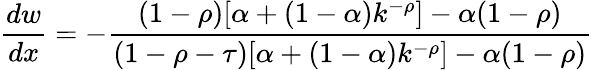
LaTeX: {\frac{dw}{dx}}=-{\frac{(1-\rho)[\alpha+(1-\alpha)k^{-\rho}]-\alpha(1-\rho)}{(1-\rho-\tau)[\alpha+(1-\alpha)k^{-\rho}]-\alpha(1-\rho)}}